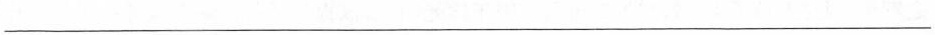
___